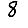
Digit: 8